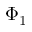
\Phi _ { 1 }